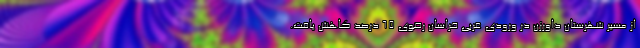
از مسیر شهرستان داورزن در ورودی غربی خراسان رضوی ۶۵ درصد کاهش یافت.